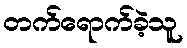
တက်ရောက်ခဲ့သူ